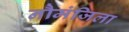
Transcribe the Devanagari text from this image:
नौमंजिला